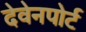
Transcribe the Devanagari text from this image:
देवेनपोर्ट